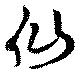
仙